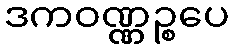
ဒကဝဏ္ဏဉ္စပေ